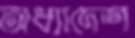
অধ্যাদেশ